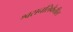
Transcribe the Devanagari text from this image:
श्वसनलिकेतील